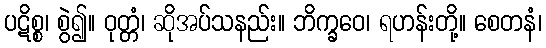
ပဋိစ္စ၊ စွဲ၍။ ဝုတ္တံ၊ ဆိုအပ်သနည်း။ ဘိက္ခဝေ၊ ရဟန်းတို့။ စေတနံ၊